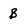
Character: B